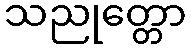
သညုတ္တော